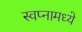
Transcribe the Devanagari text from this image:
स्वप्नामध्ये